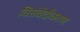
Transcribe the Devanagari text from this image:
विसंवेदीकरण